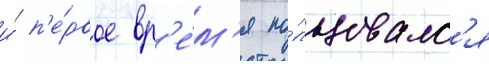
и́ п'е́рвое вр'е́м'я по́льзовалс'я